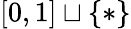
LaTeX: [0,1]\sqcup\{ *\}